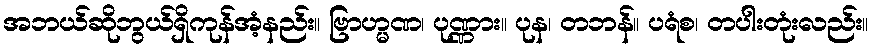
အဘယ်ဆိုဘွယ်ရှိကုန်အံ့နည်း။ ဗြာဟ္မဏ၊ ပုဏ္ဏား။ ပုန၊ တဘန်။ ပရံစ၊ တပါးတုံးလည်း။